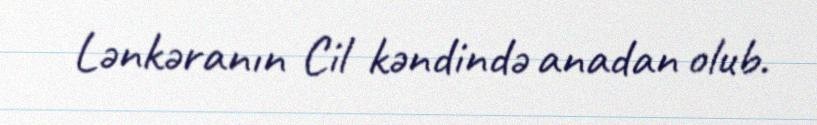
Lənkəranın Cil kəndində anadan olub.